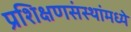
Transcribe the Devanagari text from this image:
प्रशिक्षणसंस्थांमध्ये